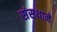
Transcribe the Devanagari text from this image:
संसथाने